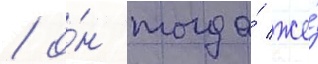
/ о́н тогда́ же́